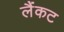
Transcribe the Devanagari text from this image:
लैंकट